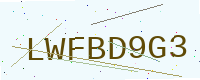
Text: LWFBD9G3